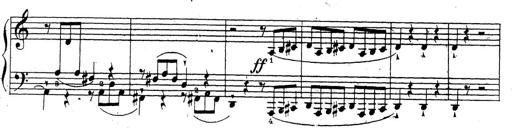
Title: 10 Sonatinas
Composer: Fritz Spindler